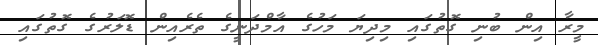
މީރާ އިން ބުނި ގޮތުގައި މިދިޔަ މަހުގެ އާމްދަނީގެ ތެރެއިން ޑޮލަރުގެ ގޮތުގައި